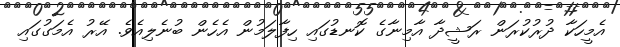
އެމީހަކާ ދުރުކުރަން ރަޝީދާ އާމިނާގެ ކޮނޑުގައި ހިފާލަމުން އެހެން ބުނެލިއެވެ. އޭރު އެމަގުގައި